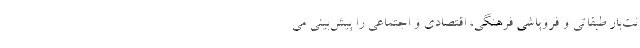
نت‌بار طبقاتی و فروپاشی فرهنگی، اقتصادی‌ و اجتماعی را پیش‌بینی می